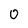
Character: 0